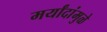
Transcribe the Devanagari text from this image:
मर्यांदांमुळे